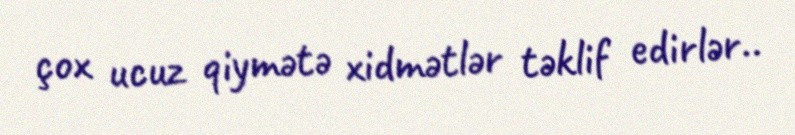
çox ucuz qiymətə xidmətlər təklif edirlər..